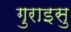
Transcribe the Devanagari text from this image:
गुराइसु